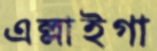
এল্লাইগা